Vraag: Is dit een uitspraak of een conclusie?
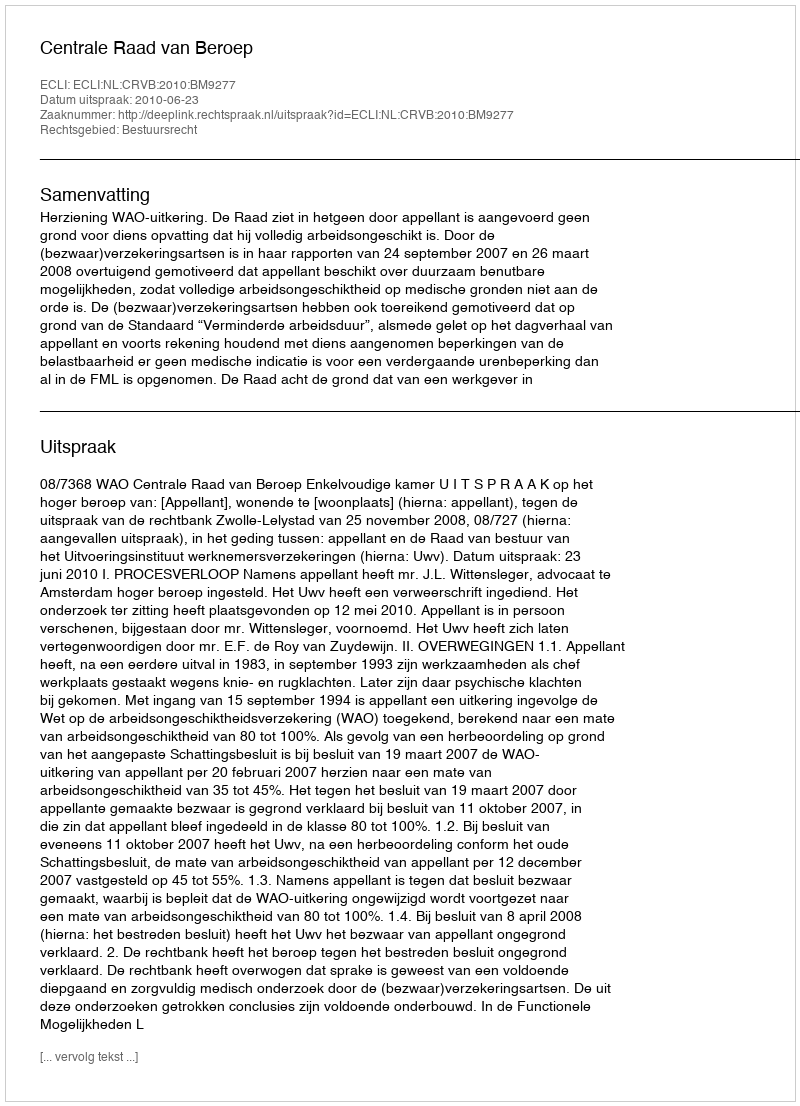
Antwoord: Uitspraak